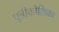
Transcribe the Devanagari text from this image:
पुत्रीकोशिका